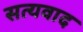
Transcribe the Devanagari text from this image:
सत्यवाद